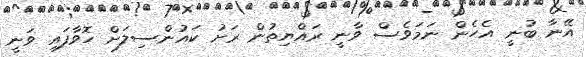
އޭނާ ބުނީ އެހެން ނަމަވެސް ވާނީ ރައްޔިތުން ރަށު ކައުންސިލަށް ހޮވާފައި ވަނީ